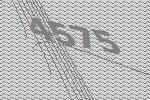
4575